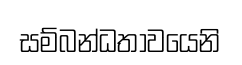
සම්බන්ධතාවයෙනි